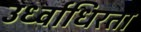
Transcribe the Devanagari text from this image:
उर्ध्वाधिरता